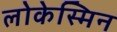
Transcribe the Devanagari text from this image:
लोकेस्मिन